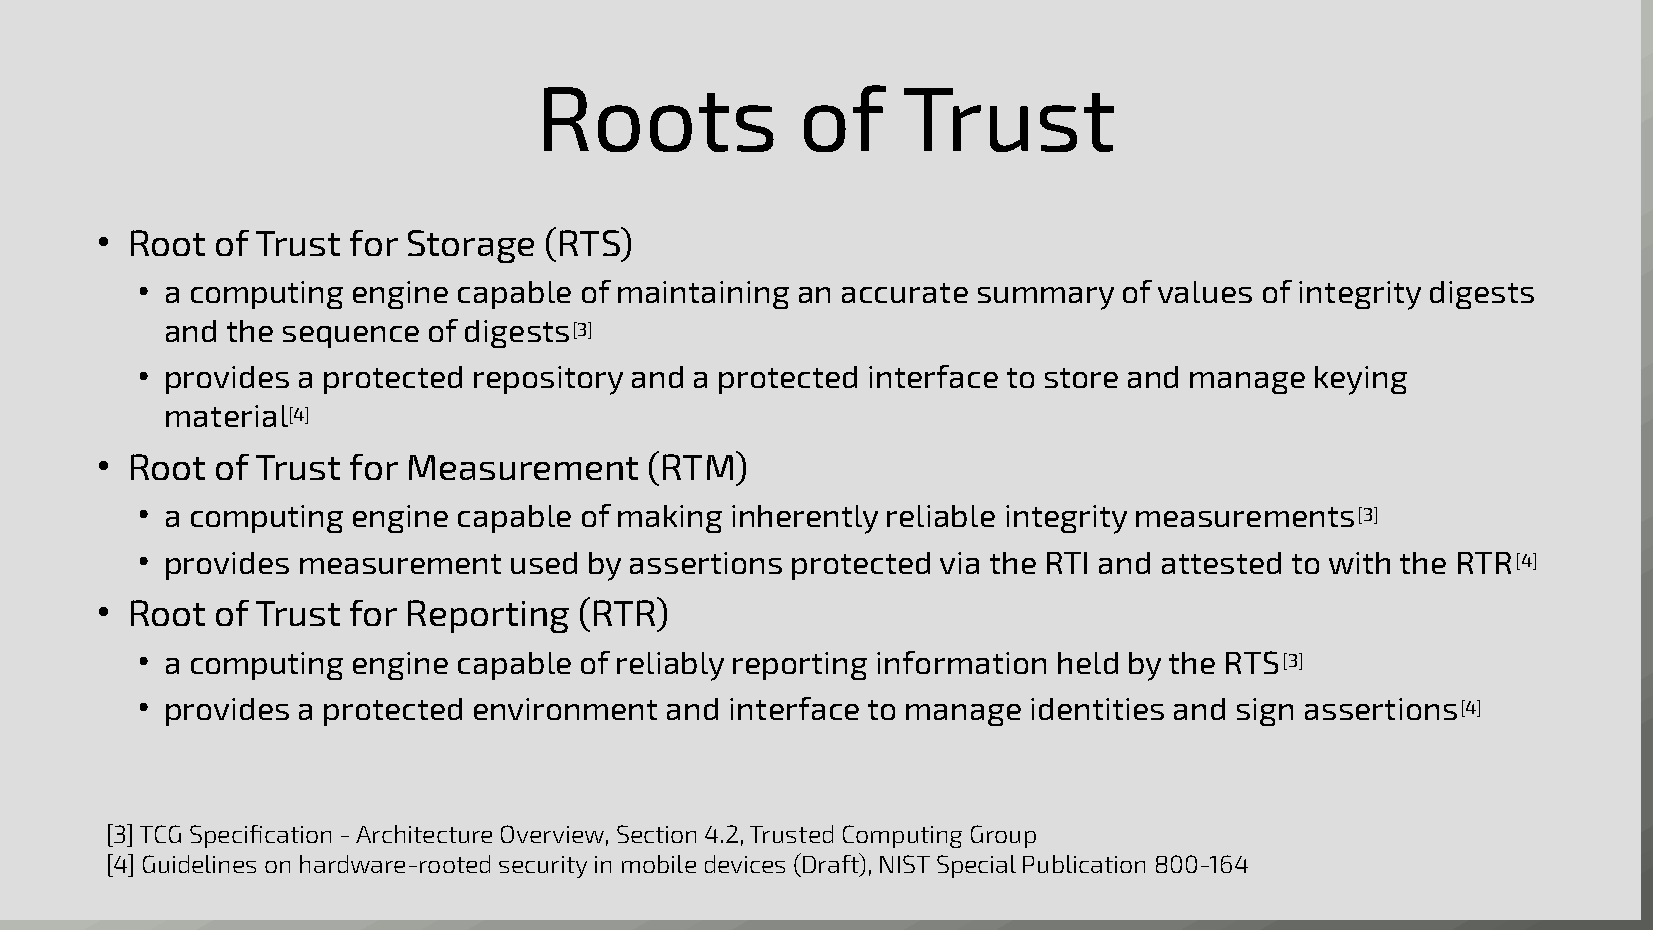
Roots             of     Trust
 ● Root  of Trust for Storage  (RTS)
 ● a computing engine capable of maintaining an accurate summary  of values of integrity digests
 and the sequence of digests[3]
 ● provides a protected repository and a protected interface to store and manage keying
 material[4]
 ● Root  of Trust for Measurement     (RTM)
 ● a computing engine capable of making inherently reliable integrity measurements[3]
 ● provides measurement   used by assertions protected via the RTI and attested to with the RTR[4]
 ● Root  of Trust for Reporting  (RTR)
 ● a computing engine capable of reliably reporting information held by the RTS[3]
 ● provides a protected environment and interface to manage identities and sign assertions[4]
 [3] TCG Specification - Architecture Overview, Section 4.2, Trusted Computing Group
 [4] Guidelines on hardware-rooted security in mobile devices (Draft), NIST Special Publication 800-164